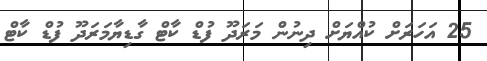
25 އަހަރަށް ކުއްޔަށް ދިނުން މަރަދޫ ފުޑް ކާޓް ގާޑިޔާމަރަދޫ ފުޑް ކާޓް